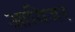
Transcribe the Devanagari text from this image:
आयिजर